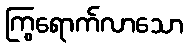
ကြွရောက်လာသော